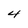
Character: 4